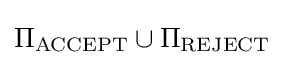
\Pi _{\text{ACCEPT}}\cup \Pi _{\text{REJECT}}